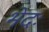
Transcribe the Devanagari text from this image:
भेदः